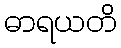
ဓာရယတိ